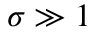
\sigma \gg 1